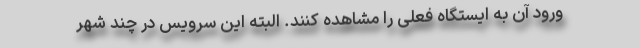
ورود آن به ایستگاه فعلی را مشاهده کنند. البته این سرویس در چند شهر